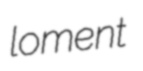
loment